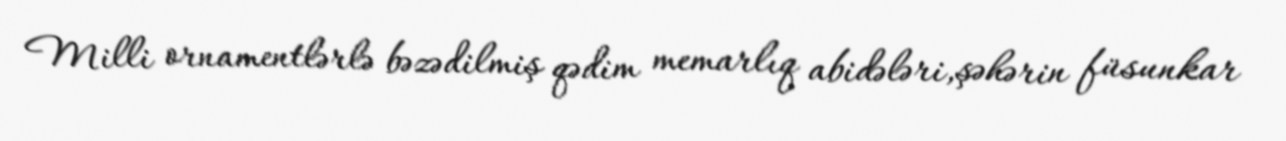
Milli ornamentlərlə bəzədilmiş qədim memarlıq abidələri,şəhərin füsunkar